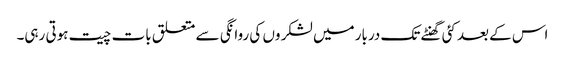
اس کے بعد کئی گھنٹے تک دربار میں لشکر وں کی روانگی سے متعلق بات چیت ہوتی رہی۔